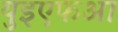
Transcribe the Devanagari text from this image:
युइएफआ